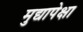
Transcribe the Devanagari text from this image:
मुद्यापेक्षा